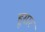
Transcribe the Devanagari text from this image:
हूसार